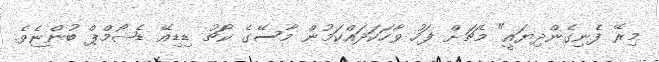
މިރޭ ފެނިގެންދިޔައީ" މެޗަށް ފަހު ވާހަކަދައްކަމުން މާސޭގެ ކޯޗު ޑިޑިއޭ ޑެޝޯމްޕް ބުންޏެވެ.